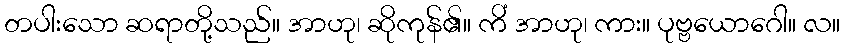
တပါးသော ဆရာတို့သည်။ အာဟု၊ ဆိုကုန်၏။ ကိံ အာဟု၊ ကား။ ပုဗ္ဗယောဂေါ။ လ။